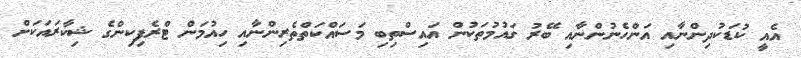
އެއީ ކުޑަކުދިންނާއި އަންހެނުންނާއި ބޭރު ގައުމުތަކުން އައިސްތިބި މަސައްކަތްތެރިންނާއި ހިއުމަން ޓްރެފިކިންގެ ޝިކާރައަކަށް